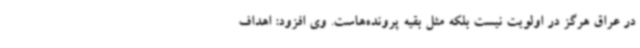
در عراق هرگز در اولویت نیست بلکه مثل بقیه پرونده‌هاست. وی افزود: اهداف